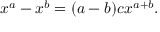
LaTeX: x ^ { a } - x ^ { b } = ( a - b ) c x ^ { a + b } .